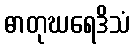
ဓာတုဃရေဒိသံ